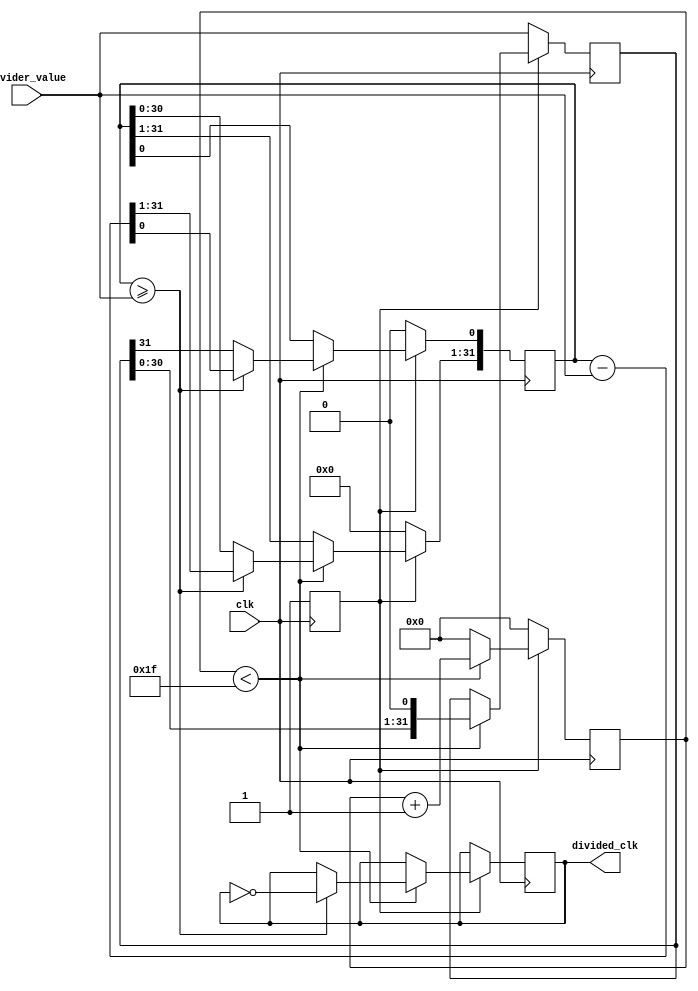
module float_clock_divider (
    input wire clk,
    input wire [31:0] divider_value,
    output reg divided_clk
);

reg [31:0] count;
reg [31:0] divisor;
reg [31:0] remainder;
reg divide_done;

always @(posedge clk) begin
    if (!divide_done) begin
        divisor <= divider_value;
        count <= 32'd0;
        remainder <= 32'd0;
        divide_done <= 1'b1;
    end else begin
        if (count < 32'd31) begin
            remainder <= remainder << 1;
            remainder[0] <= divisor[31];
            divisor <= divisor << 1;
            if (remainder >= divider_value) begin
                remainder <= remainder - divider_value;
                divided_clk <= ~divided_clk;
            end
            count <= count + 1;
        end else begin
            count <= 32'd0;
        end
    end
end

endmodule